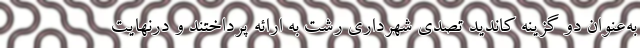
به‌عنوان دو گزینه کاندید تصدی شهرداری رشت به ارائه پرداختند و درنهایت